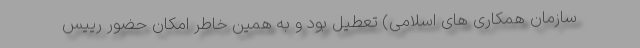
سازمان همکاری های اسلامی) تعطیل بود و به همین خاطر امکان حضور رییس